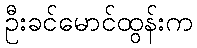
ဦးခင်မောင်ထွန်းက